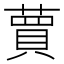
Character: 蕒